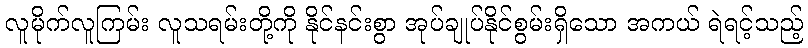
လူမိုက်လူကြမ်း လူသရမ်းတို့ကို နိုင်နင်းစွာ အုပ်ချုပ်နိုင်စွမ်းရှိသော အကယ် ရဲရင့်သည့်